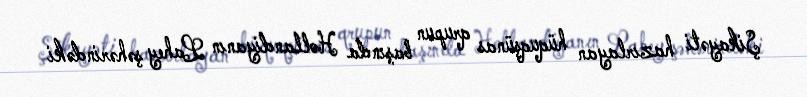
Şikayəti hazırlayan hüquqşünas qrupun başında Hollandiyanın Lahey şəhərindəki